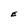
Character: E